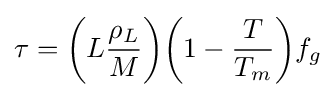
\tau ={\bigg (}L{\frac {\rho _{L}}{M}}{\bigg )}{\bigg (}1-{\frac {T}{T_{m}}}{\bigg )}f_{g}